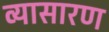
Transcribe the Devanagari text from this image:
व्यासारण